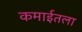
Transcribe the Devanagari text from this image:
कमाईतला